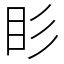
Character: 䀐